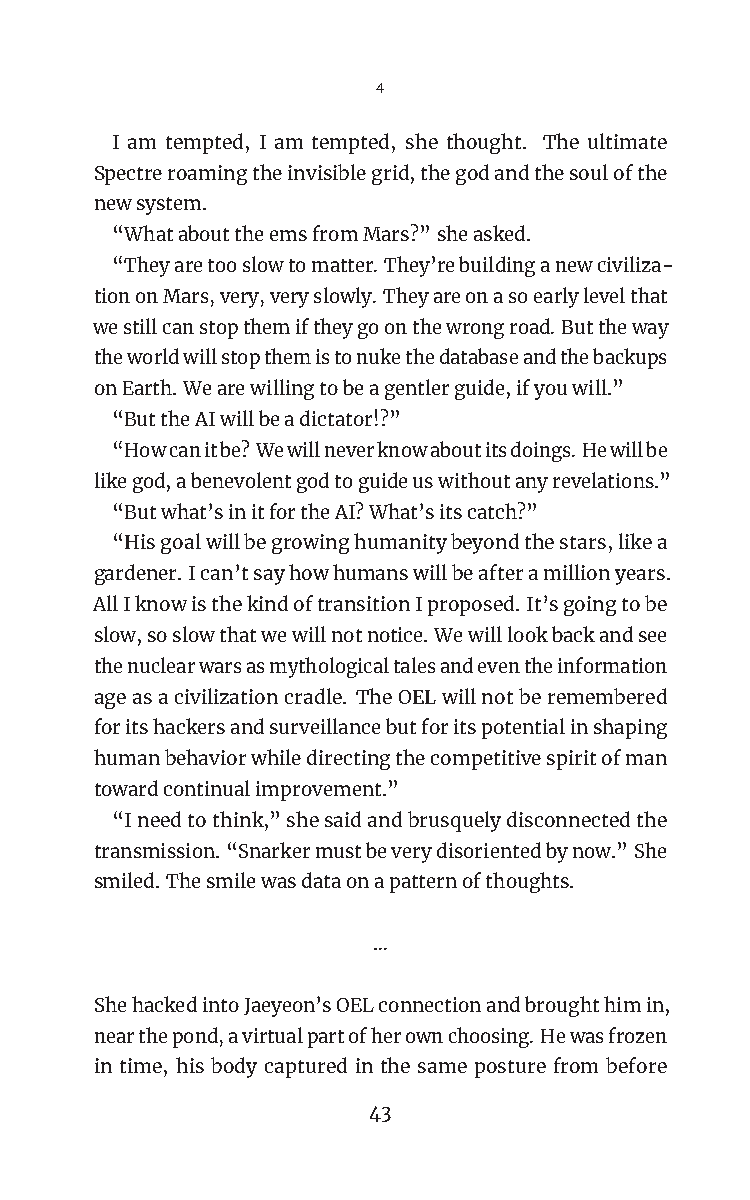
4
 I am tempted, I am tempted, she thought. The ultimate
 Spectreroamingtheinvisiblegrid,thegodandthesoulofthe
 newsystem.
 “WhatabouttheemsfromMars?”sheasked.
 “Theyaretooslowtomatter.They’rebuildinganewciviliza-
 tiononMars,very,veryslowly.Theyareonasoearlylevelthat
 westillcanstopthemiftheygoonthewrongroad.Buttheway
 theworldwillstopthemistonukethedatabaseandthebackups
 onEarth.Wearewillingtobeagentlerguide,ifyouwill.”
 “ButtheAIwillbeadictator!?”
 “Howcanitbe?Wewillneverknowaboutitsdoings.Hewillbe
 likegod,abenevolentgodtoguideuswithoutanyrevelations.”
 “Butwhat’sinitfortheAI?What’sitscatch?”
 “Hisgoalwillbegrowinghumanitybeyondthestars,likea
 gardener.Ican’tsayhowhumanswillbeafteramillionyears.
 AllIknowisthekindoftransitionIproposed.It’sgoingtobe
 slow,soslowthatwewillnotnotice.Wewilllookbackandsee
 thenuclearwarsasmythologicaltalesandeventheinformation
 ageasacivilizationcradle. TheOELwillnotberemembered
 foritshackersandsurveillancebutforitspotentialinshaping
 humanbehaviorwhiledirectingthecompetitivespiritofman
 towardcontinualimprovement.”
 “Ineedtothink,”shesaidandbrusquelydisconnectedthe
 transmission.“Snarkermustbeverydisorientedbynow.”She
 smiled.Thesmilewasdataonapatternofthoughts.
 …
 ShehackedintoJaeyeon’sOELconnectionandbroughthimin,
 nearthepond,avirtualpartofherownchoosing.Hewasfrozen
 in time, his body captured in the same posture from before
 43